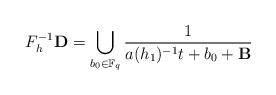
LaTeX: \begin{align*}F_{h}^{-1} {\mathbf D} = \bigcup_{b_{0} \in \mathbb F_{q}} \frac{1}{ a (h_{1})^{-1} t + b_{0} + {\bf B}}\end{align*}